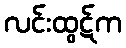
လင်းထွဋ်က